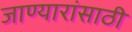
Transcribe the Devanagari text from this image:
जाण्यारांसाठी